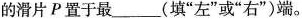
的滑片P置于最___(填”左”或”右”)端。